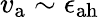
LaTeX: v_{\mathrm{a}}\sim\epsilon_{\mathrm{ah}}